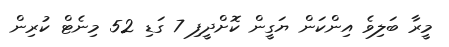
މީރާ ބަލިވެ އިންކަން ޔަގީން ކޮށްދީފި 7 ގަޑި 52 މިނެޓް ކުރިން